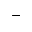
-